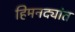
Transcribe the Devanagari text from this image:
हिमनद्यांत